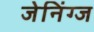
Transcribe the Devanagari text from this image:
जेनिंग्ज